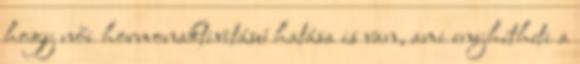
hogy női hormonaktivitású hatása is van, ami enyhítheti a